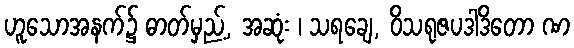
ဟူသောအနက်၌ ဓာတ်မှည့်, အဆုံး ၊ သရချေ, ဝိသရုဇပဒါဒိတော ဏ